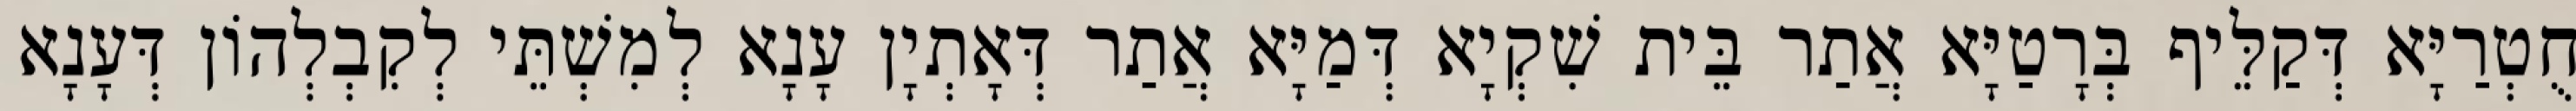
חֻטְרַיָּא דְּקַלֵּיף בְּרָטַיָּא אֲתַר בֵּית שִׁקְיָא דְּמַיָּא אֲתַר דְּאָתְיָן עָנָא לְמִשְׁתֵּי לְקִבְלְהוֹן דְּעָנָא